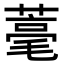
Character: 𦹾